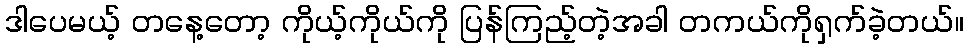
ဒါပေမယ့် တနေ့တော့ ကိုယ့်ကိုယ်ကို ပြန်ကြည့်တဲ့အခါ တကယ်ကိုရှက်ခဲ့တယ်။